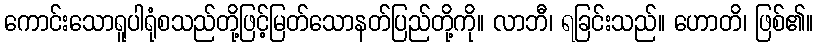
ကောင်းသောရူပါရုံစသည်တို့ဖြင့်မြတ်သောနတ်ပြည်တို့ကို။ လာဘီ၊ ရခြင်းသည်။ ဟောတိ၊ ဖြစ်၏။